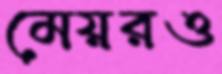
মেয়রও